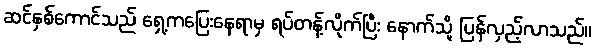
ဆင်နှစ်ကောင်သည် ရှေ့ကပြေးနေရာမှ ရပ်တန့်လိုက်ပြီး နောက်သို့ ပြန်လှည့်လာသည်။